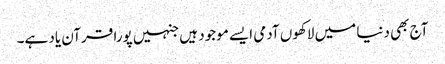
آج بھی دنیا میں لاکھوں آدمی ایسے موجود ہیں جنہیں پورا قرآن یاد ہے۔